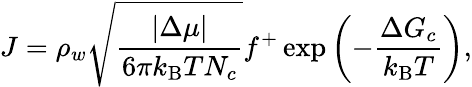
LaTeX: J=\rho_{w}\sqrt{\frac{|\Delta\mu|}{6\pi k_{\mathrm{B}}TN_{c}}}f^{+}\exp\left(-\frac{\Delta G_{c}}{k_{\mathrm{B}}T}\right),